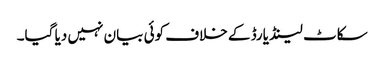
سکاٹ لینڈ یارڈ کے خلاف کوئی بیان نہیں دیا گیا۔